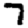
Digit: 7